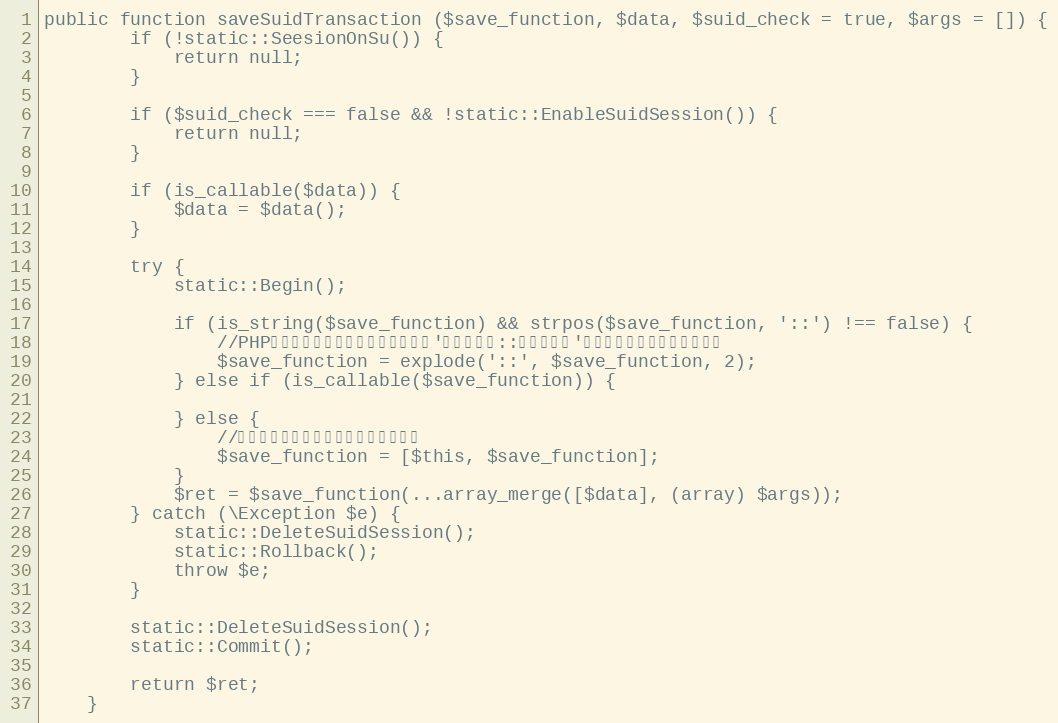
Language: PHP
public function saveSuidTransaction ($save_function, $data, $suid_check = true, $args = []) {
		if (!static::SeesionOnSu()) {
			return null;
		}

		if ($suid_check === false && !static::EnableSuidSession()) {
			return null;
		}

		if (is_callable($data)) {
			$data = $data();
		}

		try {
			static::Begin();

			if (is_string($save_function) && strpos($save_function, '::') !== false) {
				//PHPネイティブでは指定できないが、'クラスパス::メソッド名'の指定に合わせるための処理
				$save_function = explode('::', $save_function, 2);
			} else if (is_callable($save_function)) {

			} else {
				//インスタンスメソッドを指定する場合
				$save_function = [$this, $save_function];
			}
			$ret = $save_function(...array_merge([$data], (array) $args));
		} catch (\Exception $e) {
			static::DeleteSuidSession();
			static::Rollback();
			throw $e;
		}

		static::DeleteSuidSession();
		static::Commit();

		return $ret;
	}